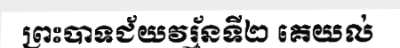
ព្រះបាទជ័យវរ្ម័នទី២ គេយល់